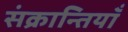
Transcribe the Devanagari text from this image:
संक्रान्तियाँ